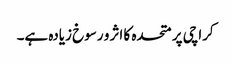
کراچی پر متحدہ کا اثر و رسوخ زیادہ ہے۔